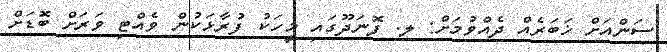
ސަންއަށް ޚަބަރެއް ދެއްވުމަށް: ލ. ފޮނަދޫގައި މީހަކު ފުރާޅަކުން ވެއްޓި ވަރަށް ބޮޑަށް